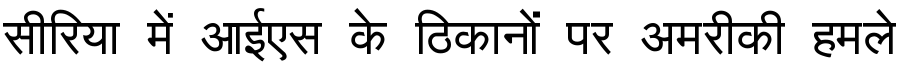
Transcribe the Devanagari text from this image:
सीरिया में आईएस के ठिकानों पर अमरीकी हमले